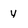
Character: y